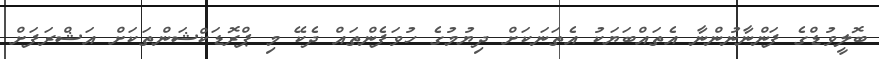
ބޮލީވުޑްގެ ފަންނާނުންނާ އެތައްބަޔަކު އެތަނަކަށް ދިޔުމުގެ ހުވަފެންތައް ދެކޭ މި ޕްރޮޑަކްޝަންތަކަށް އަޝްރަފަށް